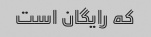
که رایگان است